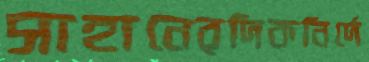
সাহানেরদিকনির্দে